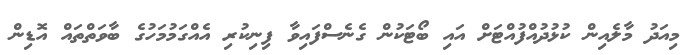
މިއަދު މާލެއިން ކުޅުދުއްފުއްޓަށް އައި ބޯޓަކުން ގެނެސްފައިވާ ފިނިކުރި އެއްގަމުމަހުގެ ބާވަތްތައް އޮޑިން